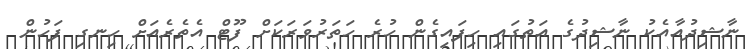
ނާޝިދުއާއެކު ނާޝިދުގެ އަތުގައި ހިފައިގެން ހުރެ ހަތަރުވަރަކަށް ފޫޓް އެތެރެއަށް ހިނގި ފަހުން